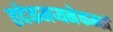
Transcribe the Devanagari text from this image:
तदेकमप्यनेकम्त्वं